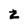
Character: Z